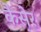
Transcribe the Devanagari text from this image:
कैसेर